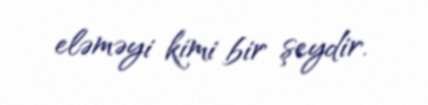
eləməyi kimi bir şeydir.